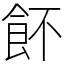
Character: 䬪